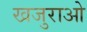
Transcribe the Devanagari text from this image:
खजुराओ